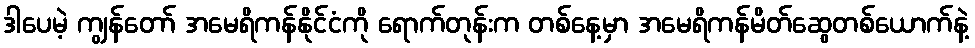
ဒါပေမဲ့ ကျွန်တော် အမေရိကန်နိုင်ငံကို ရောက်တုန်းက တစ်နေ့မှာ အမေရိကန်မိတ်ဆွေတစ်ယောက်နဲ့